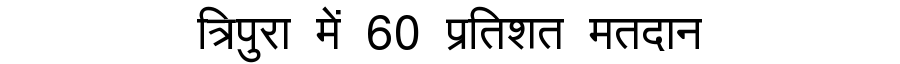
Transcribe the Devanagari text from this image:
त्रिपुरा में 60 प्रतिशत मतदान